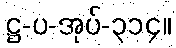
ဋ္ဌ-ပ-အုပ်-၃၁၄။